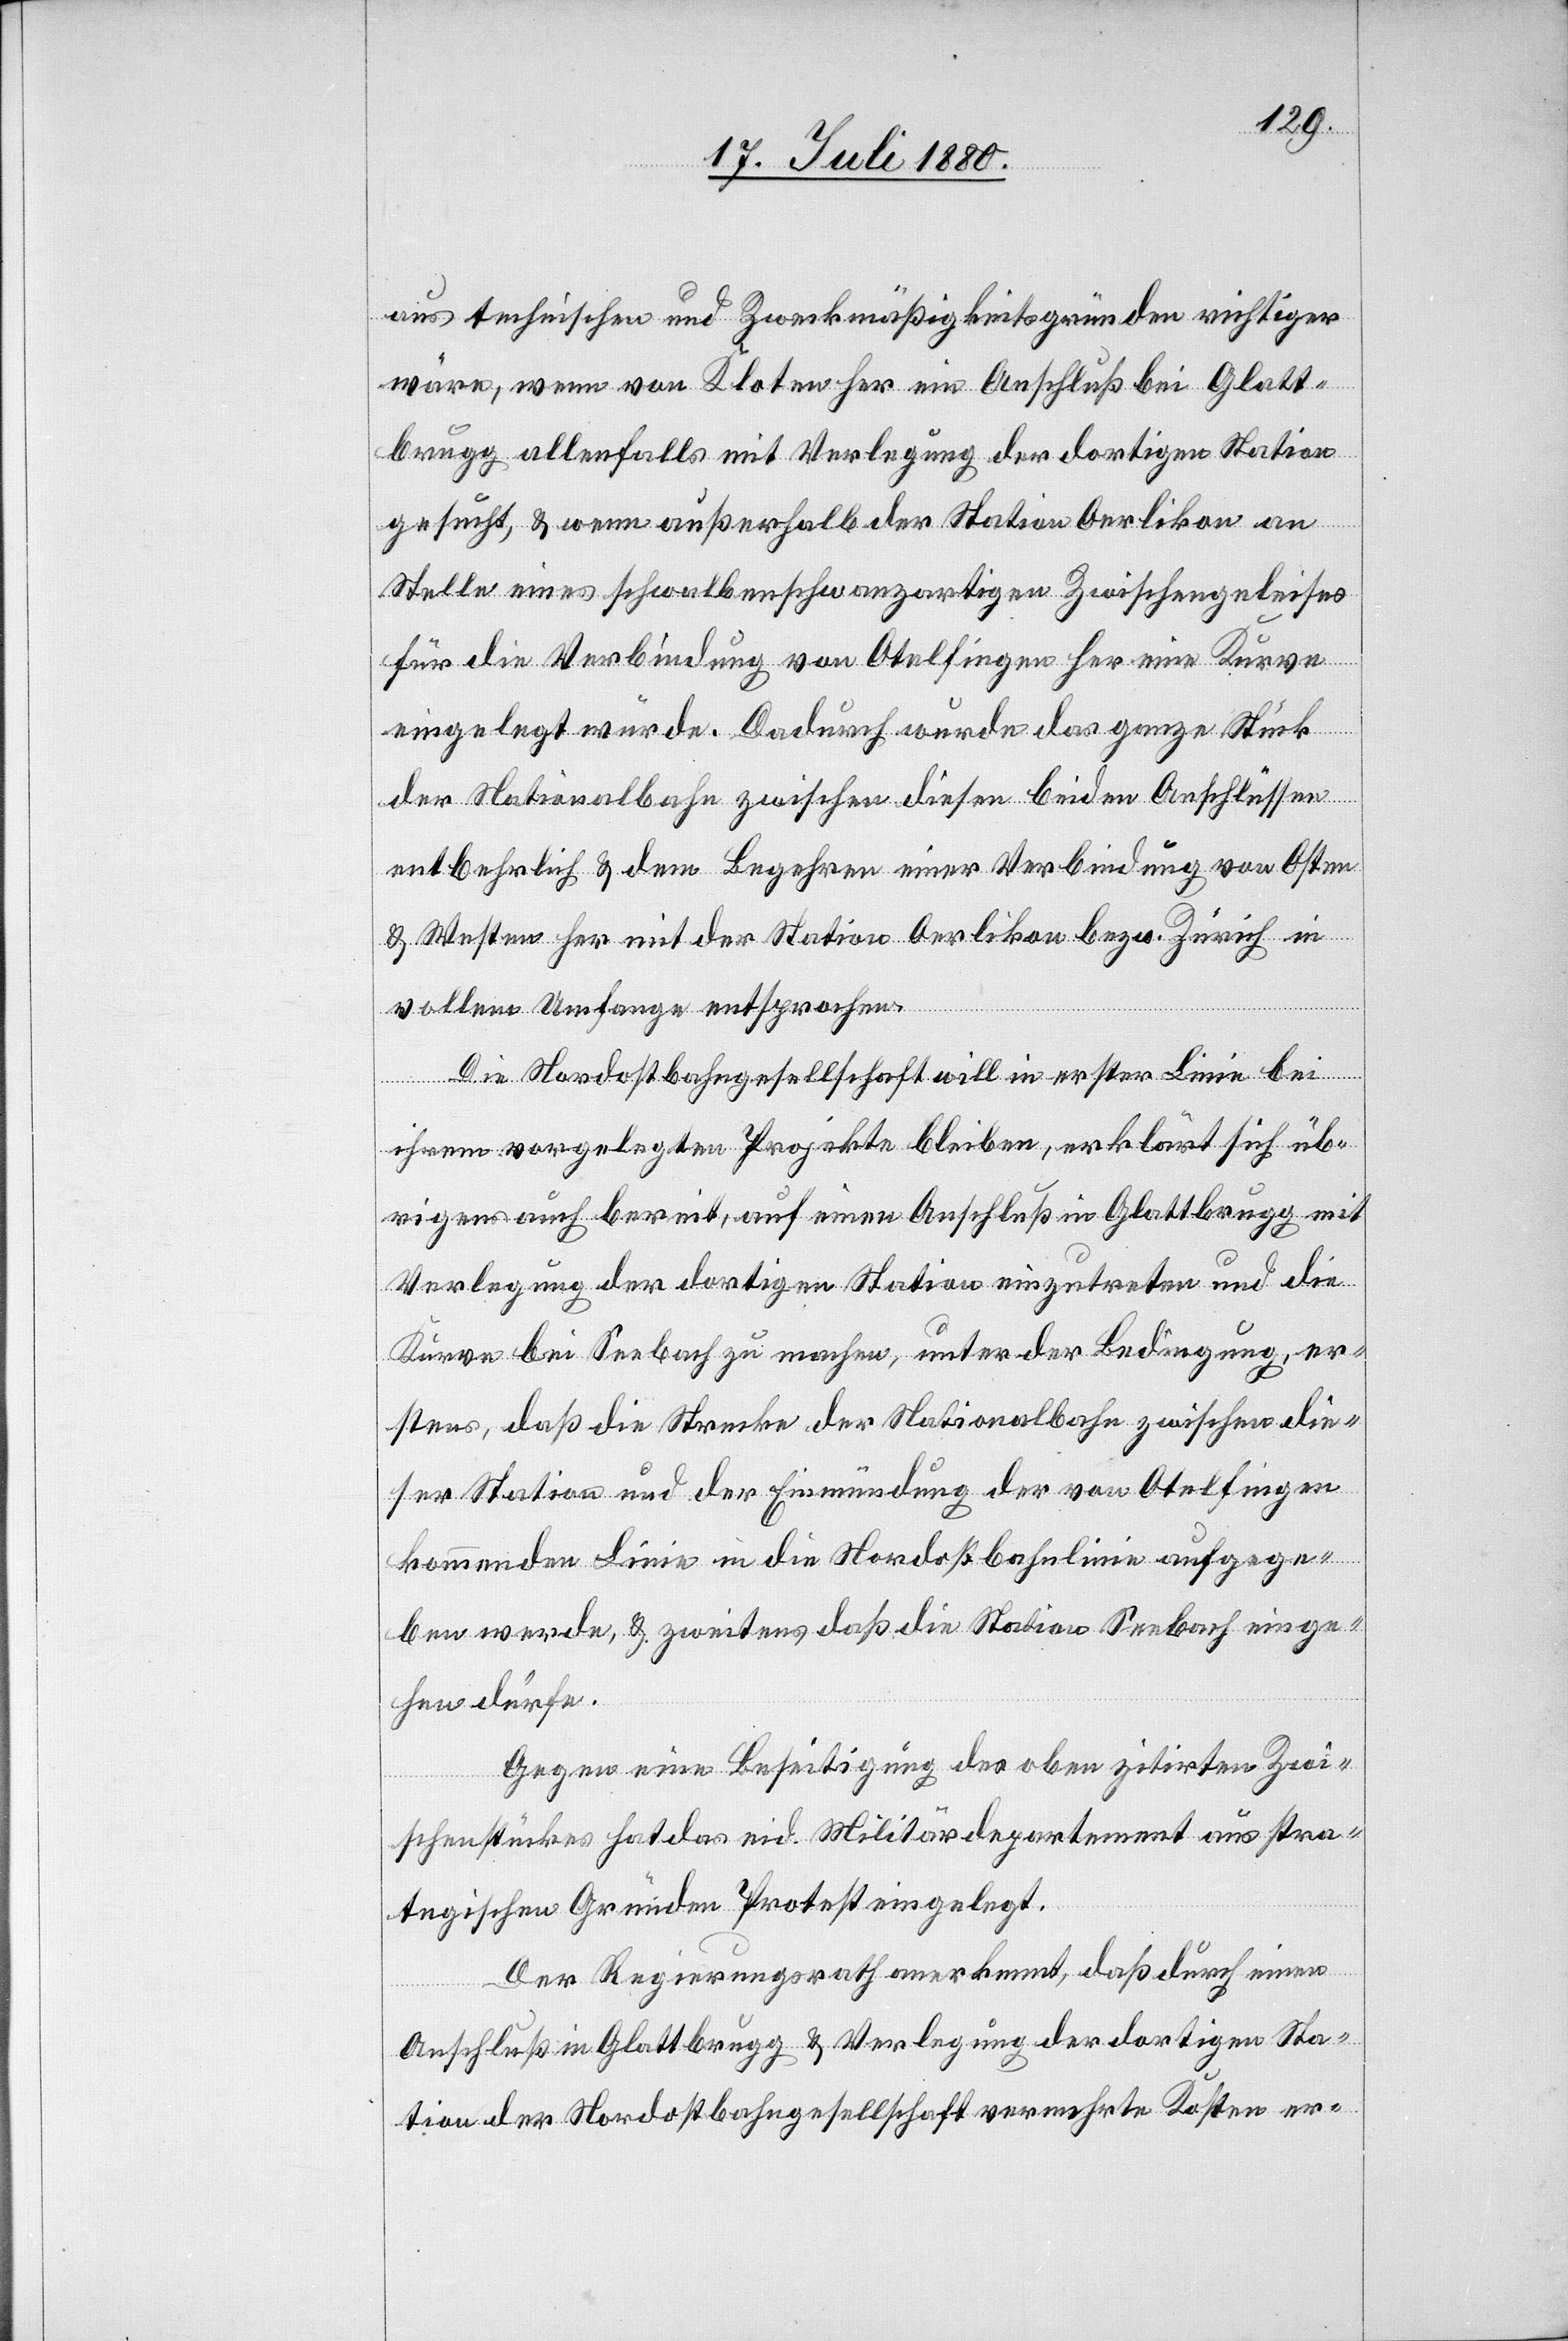
aus technischen und Zweckmäßigkeitsgründen richtiger
wäre, wenn von Kloten her ein Anschluß bei Glatt¬
brugg allenfalls mit Verlegung der dortigen Station
gesucht, & wenn außerhalb der Station Oerlikon an
Stelle eines schwalbenschwanzartigen Zwischengeleises
für die Verbindung von Otelfingen her eine Kurve
eingelegt würde. Dadurch wurde [sic!] das ganze Stück
der Nationalbahn zwischen diesen beiden Anschlüssen
entbehrlich & dem Begehren einer Verbindung von Osten
& Westen her mit der Station Oerlikon bezw. Zürich in
vollem Umfange entsprochen.
Die Nordostbahngesellschaft will in erster Linie bei
ihrem vorgelegten Projekte bleiben, erklärt sich üb¬
rigens auch bereit, auf einen Anschluß in Glattbrugg mit
Verlegung der dortigen Station einzutreten und die
Kurve bei Seebach zu machen, unter der Bedingung, er¬
stens, daß die Strecke der Nationalbahn zwischen die¬
ser Station und der Einmündung der von Otelfingen
kommenden Linie in die Nordostbahnlinie aufgege¬
ben werde, & zweitens daß die Station Seebach einge¬
hen dürfe.
Gegen eine Beseitigung des oben zitirten Zwi¬
schenstückes hat das eid. Militärdepartement aus stra¬
tegischen Gründen Protest eingelegt.
Der Regierungsrath anerkennt, daß durch einen
Anschluß in Glattbrugg & Verlegung der dortigen Sta¬
tion der Nordostbahngesellschaft vermehrte Kosten er-